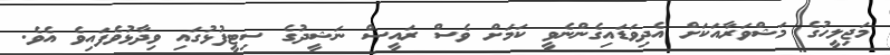
މަޖިލީހުގެ މަޝްވަރާއަކަށް އެދިވަޑައިގެންނެވީ ކަމަށް ވެސް ރައީސް ނަޝީދުގެ ސިޓީފުޅުގައި ވިދާޅުވެފައިވެ އެވެ.